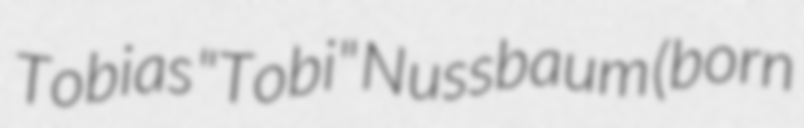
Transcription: Tobias "Tobi" Nussbaum (born